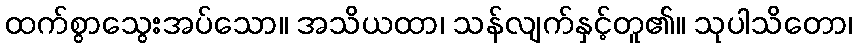
ထက်စွာသွေးအပ်သော။ အသိယထာ၊ သန်လျက်နှင့်တူ၏။ သုပါသိတော၊